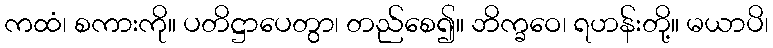
ကထံ၊ စကားကို။ ပတိဋ္ဌာပေတွာ၊ တည်စေ၍။ ဘိက္ခဝေ၊ ရဟန်းတို့။ မယာပိ၊